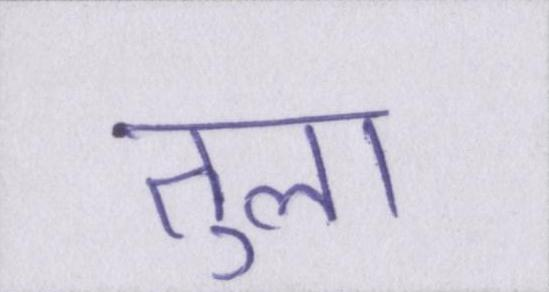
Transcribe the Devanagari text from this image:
तुला